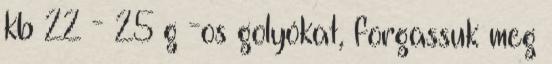
kb 22 - 25 g -os golyókat, forgassuk meg